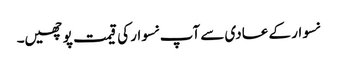
نسوار کے عادی سے آپ نسوار کی قیمت پوچھیں۔